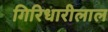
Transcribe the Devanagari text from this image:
गिरिधारीलाल